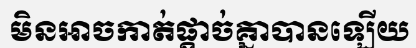
មិនអាចកាត់ផ្តាច់គ្នាបានឡើយ